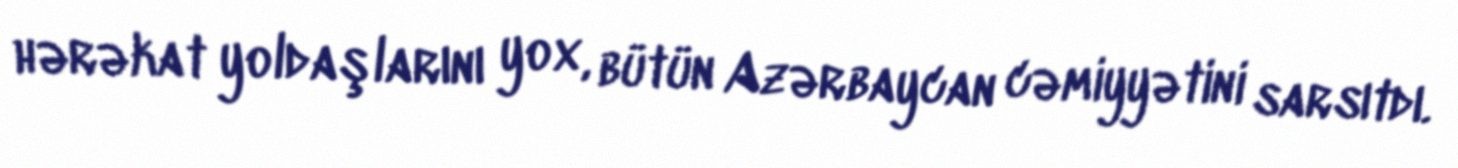
hərəkat yoldaşlarını yox, bütün Azərbaycan cəmiyyətini sarsıtdı.